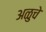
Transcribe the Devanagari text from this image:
अळुचे